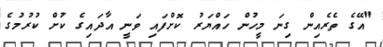
"އޭގެ ތެރެއިން ގިނަ މީހުން ހައްޔަރު ކޮށްފައި ވަނީ އާދައިގެ ކުށް ކުރުމުގެ